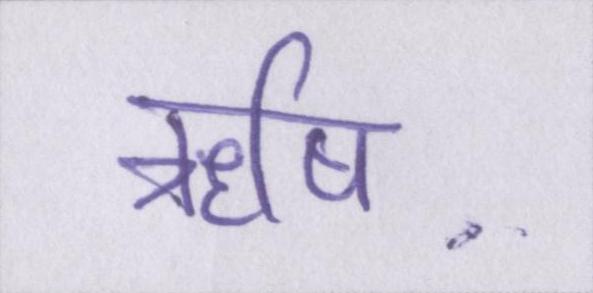
ऋषि